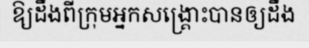
ឱ្យដឹងពីក្រុមអ្នកសង្គ្រោះបានឲ្យដឹង